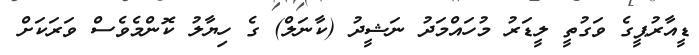
ޑީއާރުޕީގެ ވަގުތީ ލީޑަރު މުހައްމަދު ނަޝީދު (ކާނަލް) ގެ ހިޔާލު ކޮންމެވެސް ވަރަކަށް